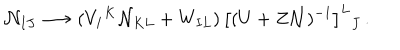
{ \cal N } _ { I J } \longrightarrow ( V _ { I } { } ^ { K } { \cal N } _ { K L } + W _ { I L } ) \, \big [ ( U + Z { \cal N } ) ^ { - 1 } \big ] ^ { L } { } _ { J } \, .